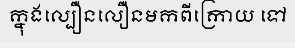
ក្នុងល្បឿនលឿនមកពីក្រោយ ទៅ